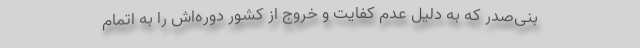
بنی‌صدر که به دلیل عدم کفایت و خروج از کشور دوره‌اش را به‌ اتمام